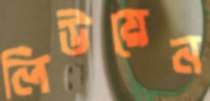
লিউয়েন